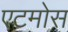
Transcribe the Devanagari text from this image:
एटमोस